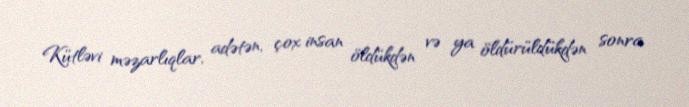
Kütləvi məzarlıqlar, adətən, çox insan öldükdən və ya öldürüldükdən sonra